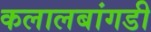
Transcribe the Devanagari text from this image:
कलालबांगडी